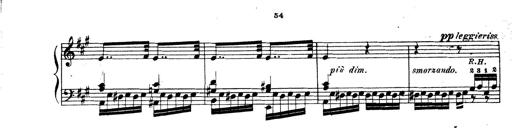
Title: Wagner-Liszt Album
Composer: Franz Liszt